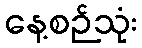
နေ့စဉ်သုံး